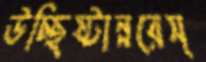
উচ্ছিষ্টান্নরেস্